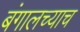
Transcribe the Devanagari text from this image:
बंगालच्याच